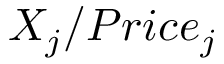
X _ { j } / P r i c e _ { j }